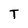
Character: T